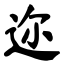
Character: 迩